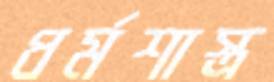
ধর্মশাস্ত্র